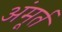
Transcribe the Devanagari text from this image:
अंमूर्त